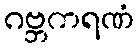
ဂဗ္ဘကရဏံ